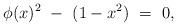
LaTeX: \begin{align*}\phi(x)^2 \ - \ (1 - x^2) \ = \ 0,\end{align*}